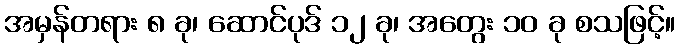
အမှန်တရား ၈ ခု၊ ဆောင်ပုဒ် ၁၂ ခု၊ အတွေး ၁၀ ခု စသဖြင့်။